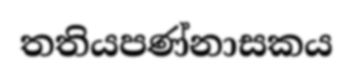
තතියපණ්නාසකය